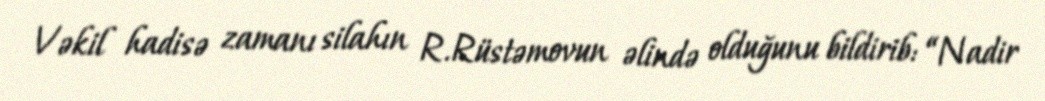
Vəkil hadisə zamanı silahın R.Rüstəmovun əlində olduğunu bildirib: “Nadir